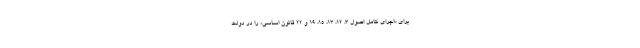
براي «اجراي كامل اصول 3، 12، 13، 15، 19 و 22 قانون اساسي» را در دولت